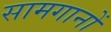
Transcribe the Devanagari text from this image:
सामगानों